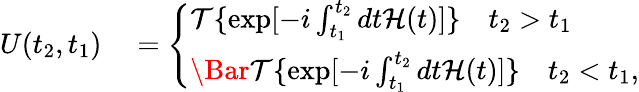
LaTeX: \begin{array}{rl}{U(t_{2},t_{1})}&{{}=\left\{ \begin{array}{ll}{\mathcal{T}\{ \exp[-i\int_{t_{1}}^{t_{2}}dt\mathcal{H}(t)]\} \quad t_{2}>t_{1}}\\ {\Bar{\mathcal{T}}\{ \exp[-i\int_{t_{1}}^{t_{2}}dt\mathcal{H}(t)]\} \quad t_{2}<t_{1},}\end{array}\right.}\end{array}